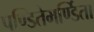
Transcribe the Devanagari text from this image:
पण्डितेमर्ण्डिता